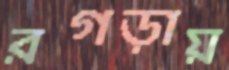
রগড়ায়